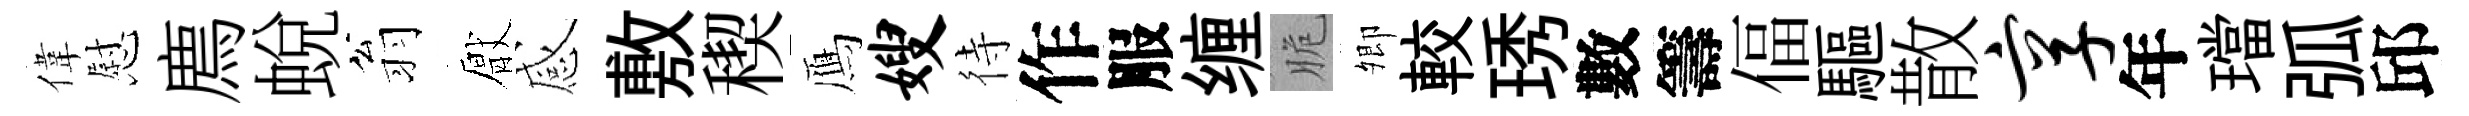
偉慰廌蛻翁厭感敷稧鴈嫂待作服缠脆𡖖較琇數籌偪驅散享年璫弧邱